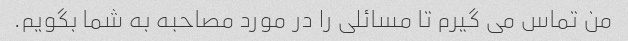
من تماس می گیرم تا مسائلی را در مورد مصاحبه به شما بگویم.